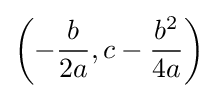
\left(-{\frac {b}{2a}},c-{\frac {b^{2}}{4a}}\right)